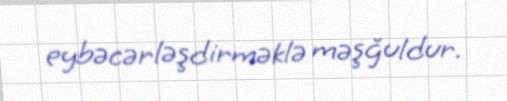
eybəcərləşdirməklə məşğuldur.